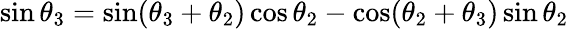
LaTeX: \sin\theta_{3}=\sin(\theta_{3}+\theta_{2})\cos\theta_{2}-\cos(\theta_{2}+\theta_{3})\sin\theta_{2}